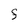
Character: F